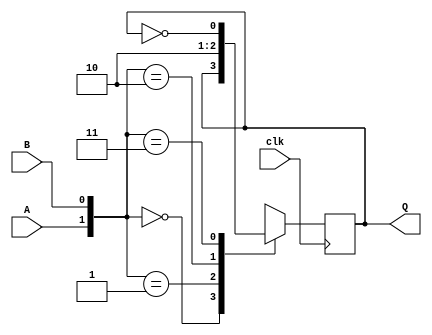
`timescale 1ns / 1ps

module ab(input A, input B, input clk, output reg Q);

    initial Q = 0;

    // You can implement your code here
    // ...
	 always@(posedge clk)
begin 
		case({A,B})
		2'b 00:Q = Q;
		2'b 01:Q = 1'b 1;
		2'b 10:Q = 1'b 0;
		2'b 11:Q = ~Q;
		endcase
end
endmodule

module ic1337(input I0, input I1, input I2, input clk, output Q0, output Q1, output Z);

    


wire w1,w2,w3,w4;

nor(w1,I0, ~I1);	
and(w4,~I2,w1) ;
ab s1(w4,I2,clk,Q0);

nor(w2,I2,~I1);
xnor(w3,I0,w2);
ab s2(~I2,w3,clk,Q1);

xor(Z,Q0,Q1);
endmodule